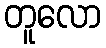
တူလော